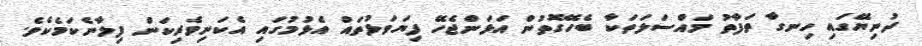
ދުނިޔޭގައި ހިނގާ ތަފާތު މައްސަލަތަކާ ބެހޭގޮތުން އަޅަންޖެހޭ ފިޔަވަޅުތައް އެޅުމުގައި އެކަނިވެރިކަން ފިލާނެކަމެކެވެ.